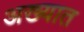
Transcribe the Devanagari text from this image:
अख्यात